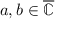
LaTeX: a , b \in { \overline { { \mathbb { C } } } }